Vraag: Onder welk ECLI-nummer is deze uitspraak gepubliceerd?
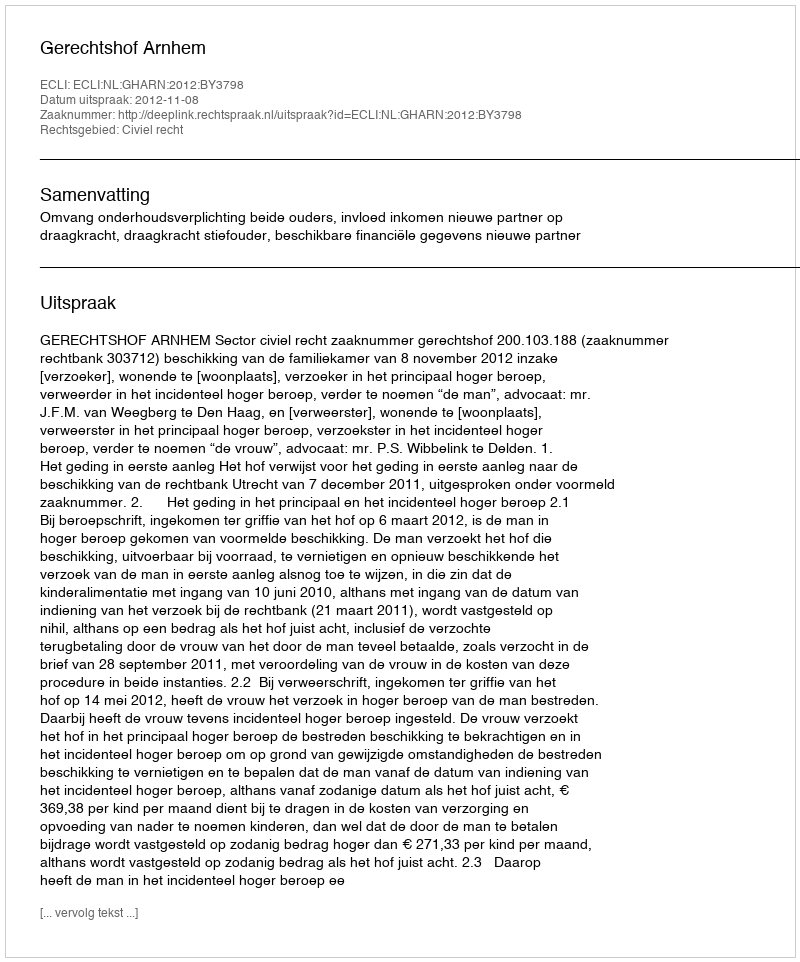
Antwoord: ECLI:NL:GHARN:2012:BY3798